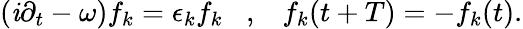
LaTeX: (\mathit{i}\partial_{t}-\omega)f_{k}=\epsilon_{k}f_{k}\; \; \; ,\; \; \; f_{k}(t+T)=-f_{k}(t).